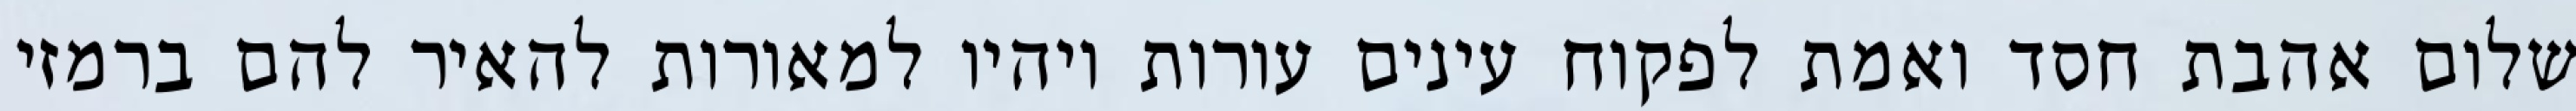
שלום אהבת חסד ואמת לפקוח עינים עורות ויהיו למאורות להאיר להם ברמזי